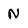
Character: N